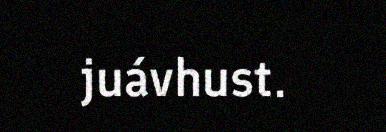
juávhust.